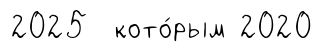
2025 кото́рым 2020